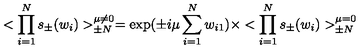
< \prod _ { i = 1 } ^ { N } s _ { \pm } ( w _ { i } ) > _ { \pm N } ^ { \mu \ne 0 } = \exp ( \pm i \mu \sum _ { i = 1 } ^ { N } w _ { i 1 } ) \times < \prod _ { i = 1 } ^ { N } s _ { \pm } ( w _ { i } ) > _ { \pm N } ^ { \mu = 0 }